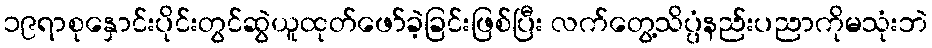
၁၉ရာစုနှောင်းပိုင်းတွင်ဆွဲယူထုတ်ဖော်ခဲ့ခြင်းဖြစ်ပြီး လက်တွေ့သိပ္ပံနည်းပညာကိုမသုံးဘဲ